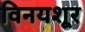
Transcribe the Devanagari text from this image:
विनयशूर